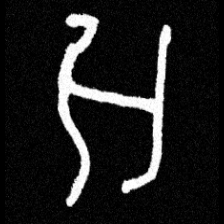
Pyu character \u2014 Myanmar letter: အ (romanized: a)